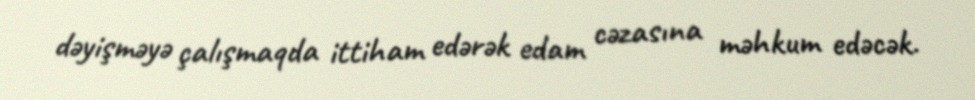
dəyişməyə çalışmaqda ittiham edərək edam cəzasına məhkum edəcək.